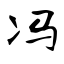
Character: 冯